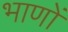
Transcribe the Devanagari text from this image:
भाणों